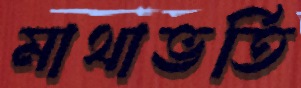
মাথাভর্তি